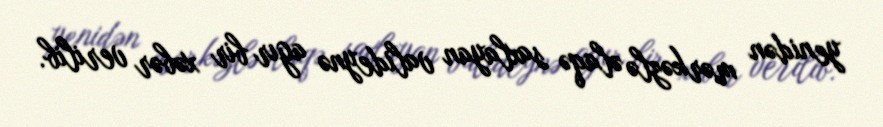
yenidən mərkəzlə əlaqə saxlayan valideynə agır bir xəbər verilib.